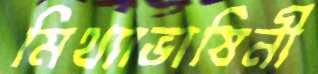
মিথ্যাভাষিনী